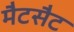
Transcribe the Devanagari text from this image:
मैटसैट